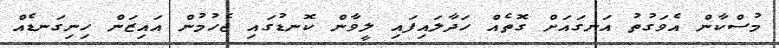
މުސްކާން އެވަގުތު އަނގައަށް ގޮތެއް ހަދާލައިފައި ލީވާން ކޮނޑުގައި ޖެހުމުން އައިޒަން ހިނިގަނޑެއް